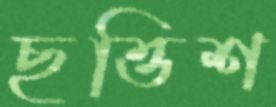
ছত্তিশ